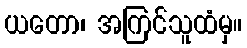
ယတော၊ အကြင်သူထံမှ။